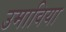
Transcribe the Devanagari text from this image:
उमाविया